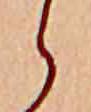
ら